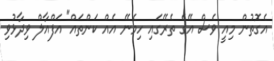
އެގޮތުން މިއީ ވެސް އޭގެ ތެރޭގައި ހިމެނޭ އެއް ކަންތައް" އަފްއާލް ވިދާޅުވި